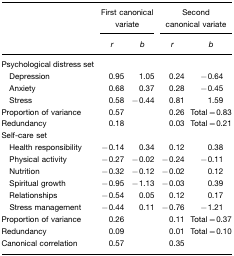
<table><thead><tr><td></td><td colspan="2"><b>First canonical variate</b></td><td colspan="2"><b>Second canonical variate</b></td></tr><tr><td></td><td><b><i>r</i></b></td><td><b><i>b</i></b></td><td><b><i>r</i></b></td><td><b><i>b</i></b></td></tr></thead><tbody><tr><td>Psychological distress set</td><td></td><td></td><td></td><td></td></tr><tr><td> Depression</td><td>0.95</td><td>1.05</td><td>0.24</td><td>−0.64</td></tr><tr><td> Anxiety</td><td>0.68</td><td>0.37</td><td>0.28</td><td>−0.45</td></tr><tr><td> Stress</td><td>0.58</td><td>−0.44</td><td>0.81</td><td>1.59</td></tr><tr><td>Proportion of variance</td><td>0.57</td><td></td><td>0.26</td><td>Total=0.83</td></tr><tr><td>Redundancy</td><td>0.18</td><td></td><td>0.03</td><td>Total=0.21</td></tr><tr><td>Self-care set</td><td></td><td></td><td></td><td></td></tr><tr><td> Health responsibility</td><td>−0.14</td><td>0.34</td><td>0.12</td><td>0.38</td></tr><tr><td> Physical activity</td><td>−0.27</td><td>−0.02</td><td>−0.24</td><td>−0.11</td></tr><tr><td> Nutrition</td><td>−0.32</td><td>−0.12</td><td>−0.02</td><td>0.12</td></tr><tr><td> Spiritual growth</td><td>−0.95</td><td>−1.13</td><td>−0.03</td><td>0.39</td></tr><tr><td> Relationships</td><td>−0.54</td><td>0.05</td><td>0.12</td><td>0.17</td></tr><tr><td> Stress management</td><td>−0.44</td><td>0.11</td><td>−0.76</td><td>−1.21</td></tr><tr><td>Proportion of variance</td><td>0.26</td><td></td><td>0.11</td><td>Total=0.37</td></tr><tr><td>Redundancy</td><td>0.09</td><td></td><td>0.01</td><td>Total=0.10</td></tr><tr><td>Canonical correlation</td><td>0.57</td><td></td><td>0.35</td><td></td></tr></tbody></table>